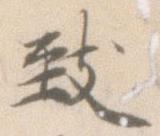
致